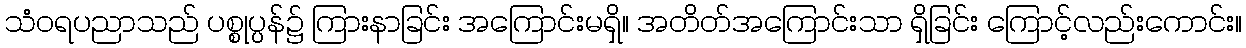
သံဝရပညာသည် ပစ္စုပ္ပန်၌ ကြားနာခြင်း အကြောင်းမရှိ။ အတိတ်အကြောင်းသာ ရှိခြင်း ကြောင့်လည်းကောင်း။